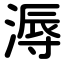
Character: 溽